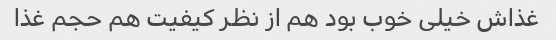
غذاش خیلی خوب بود هم از نظر کیفیت هم حجم غذا